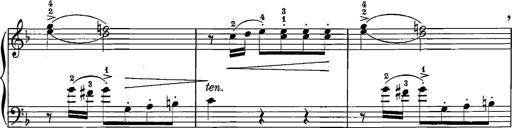
Title: 12 Sonatinas
Composer: Ignaz Pleyel